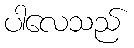
ပါလေသည်